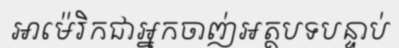
អាម៉េរិកជាអ្នកចាញ់អត្ថបទបន្ទាប់